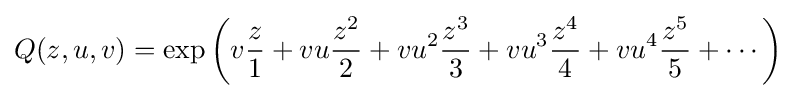
Q(z,u,v)=\exp \left(v{\frac {z}{1}}+vu{\frac {z^{2}}{2}}+vu^{2}{\frac {z^{3}}{3}}+vu^{3}{\frac {z^{4}}{4}}+vu^{4}{\frac {z^{5}}{5}}+\cdots \right)